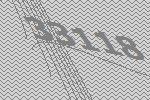
33118